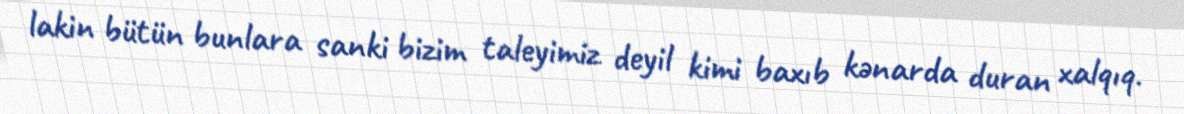
lakin bütün bunlara sanki bizim taleyimiz deyil kimi baxıb kənarda duran xalqıq.